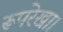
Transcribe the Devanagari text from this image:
रूपरेखा।